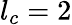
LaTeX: {l}_{c}=2